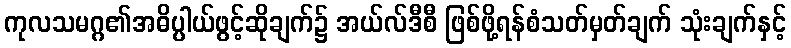
ကုလသမဂ္ဂ၏အဓိပ္ပါယ်ဖွင့်ဆိုချက်၌ အယ်လ်ဒီစီ ဖြစ်ဖို့ရန်စံသတ်မှတ်ချက် သုံးချက်နှင့်